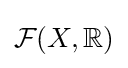
{\mathcal {F}}(X,{\mathbb {R} })